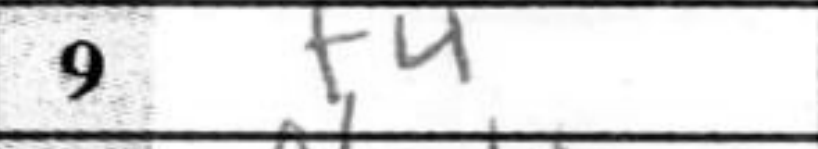
Transcription: f4